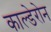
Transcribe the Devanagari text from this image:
काल्डेरोन